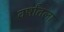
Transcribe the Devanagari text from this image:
वर्षांतला